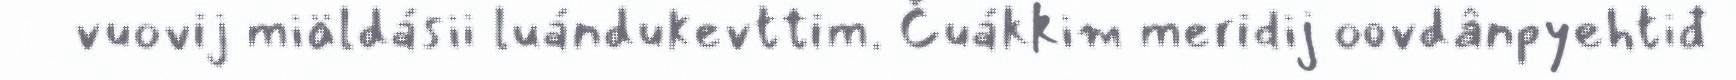
vuovij miäldásii luándukevttim. Čuákkim meridij oovdânpyehtiđ